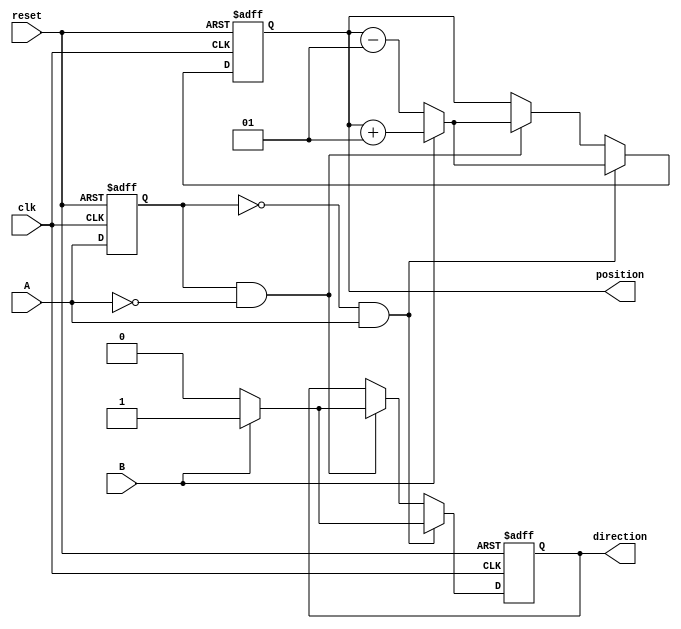
module rotary_encoder (
    input wire clk,          // Clock signal
    input wire A,           // Quadrature output signal A
    input wire B,           // Quadrature output signal B
    input wire reset,       // Asynchronous reset
    output reg signed [31:0] position, // Current position of the rotary encoder
    output reg direction     // Direction of rotation (1 for CW, 0 for CCW)
);

    // State variables to hold the previous states of A and B
    reg A_prev;
    reg B_prev;

    // Asynchronous reset and state detection
    always @(posedge clk or posedge reset) begin
        if (reset) begin
            position <= 0;      // Reset position to 0
            direction <= 1'b0;  // Default direction
            A_prev <= 1'b0;     // Initialize previous A state
            B_prev <= 1'b0;     // Initialize previous B state
        end else begin
            // Capture the previous states of A and B
            A_prev <= A;
            B_prev <= B;

            // Detect changes in A
            if (A_prev == 1'b0 && A == 1'b1) begin // A rising edge
                if (B == 1'b1) begin
                    position <= position + 1; // Clockwise
                    direction <= 1'b1;        // CW
                end else begin
                    position <= position - 1; // Counterclockwise
                    direction <= 1'b0;        // CCW
                end
            end else if (A_prev == 1'b1 && A == 1'b0) begin // A falling edge
                if (B == 1'b1) begin
                    position <= position + 1; // Clockwise
                    direction <= 1'b1;        // CW
                end else begin
                    position <= position - 1; // Counterclockwise
                    direction <= 1'b0;        // CCW
                end
            end
        end
    end

endmodule